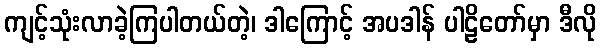
ကျင့်သုံးလာခဲ့ကြပါတယ်တဲ့၊ ဒါကြောင့် အပဒါန် ပါဠိတော်မှာ ဒီလို